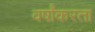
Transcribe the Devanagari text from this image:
वर्षांकरता